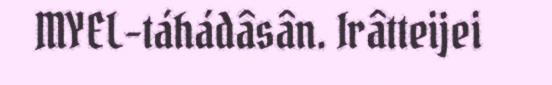
MYEL-táhádâsân. Irâtteijei